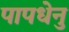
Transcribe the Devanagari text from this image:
पापधेनु